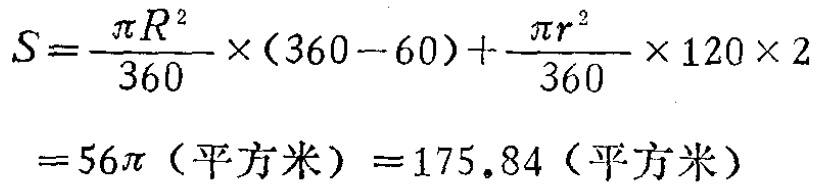
\[

\begin{align*}

S&=\frac{\pi R^{2}}{360}\times(360 - 60)+\frac{\pi r^{2}}{360}\times120\times2\\

&=56\pi \text{（平方米）}=175.84\text{（平方米）}

\end{align*}

\]